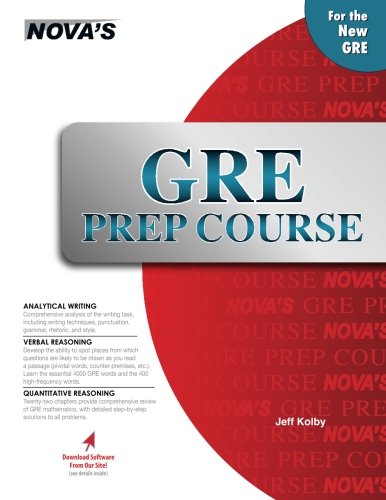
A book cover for GRE Prep Course; Jeff Kolby; Test Preparation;